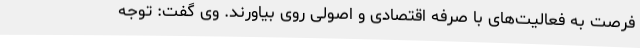
فرصت به فعالیت‌های با صرفه اقتصادی و اصولی روی بیاورند. وی گفت: توجه